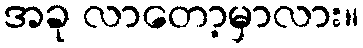
အခု လာတော့မှာလား။